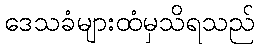
ဒေသခံများထံမှသိရသည်